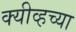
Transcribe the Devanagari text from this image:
क्यीव्हच्या